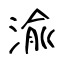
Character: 渝